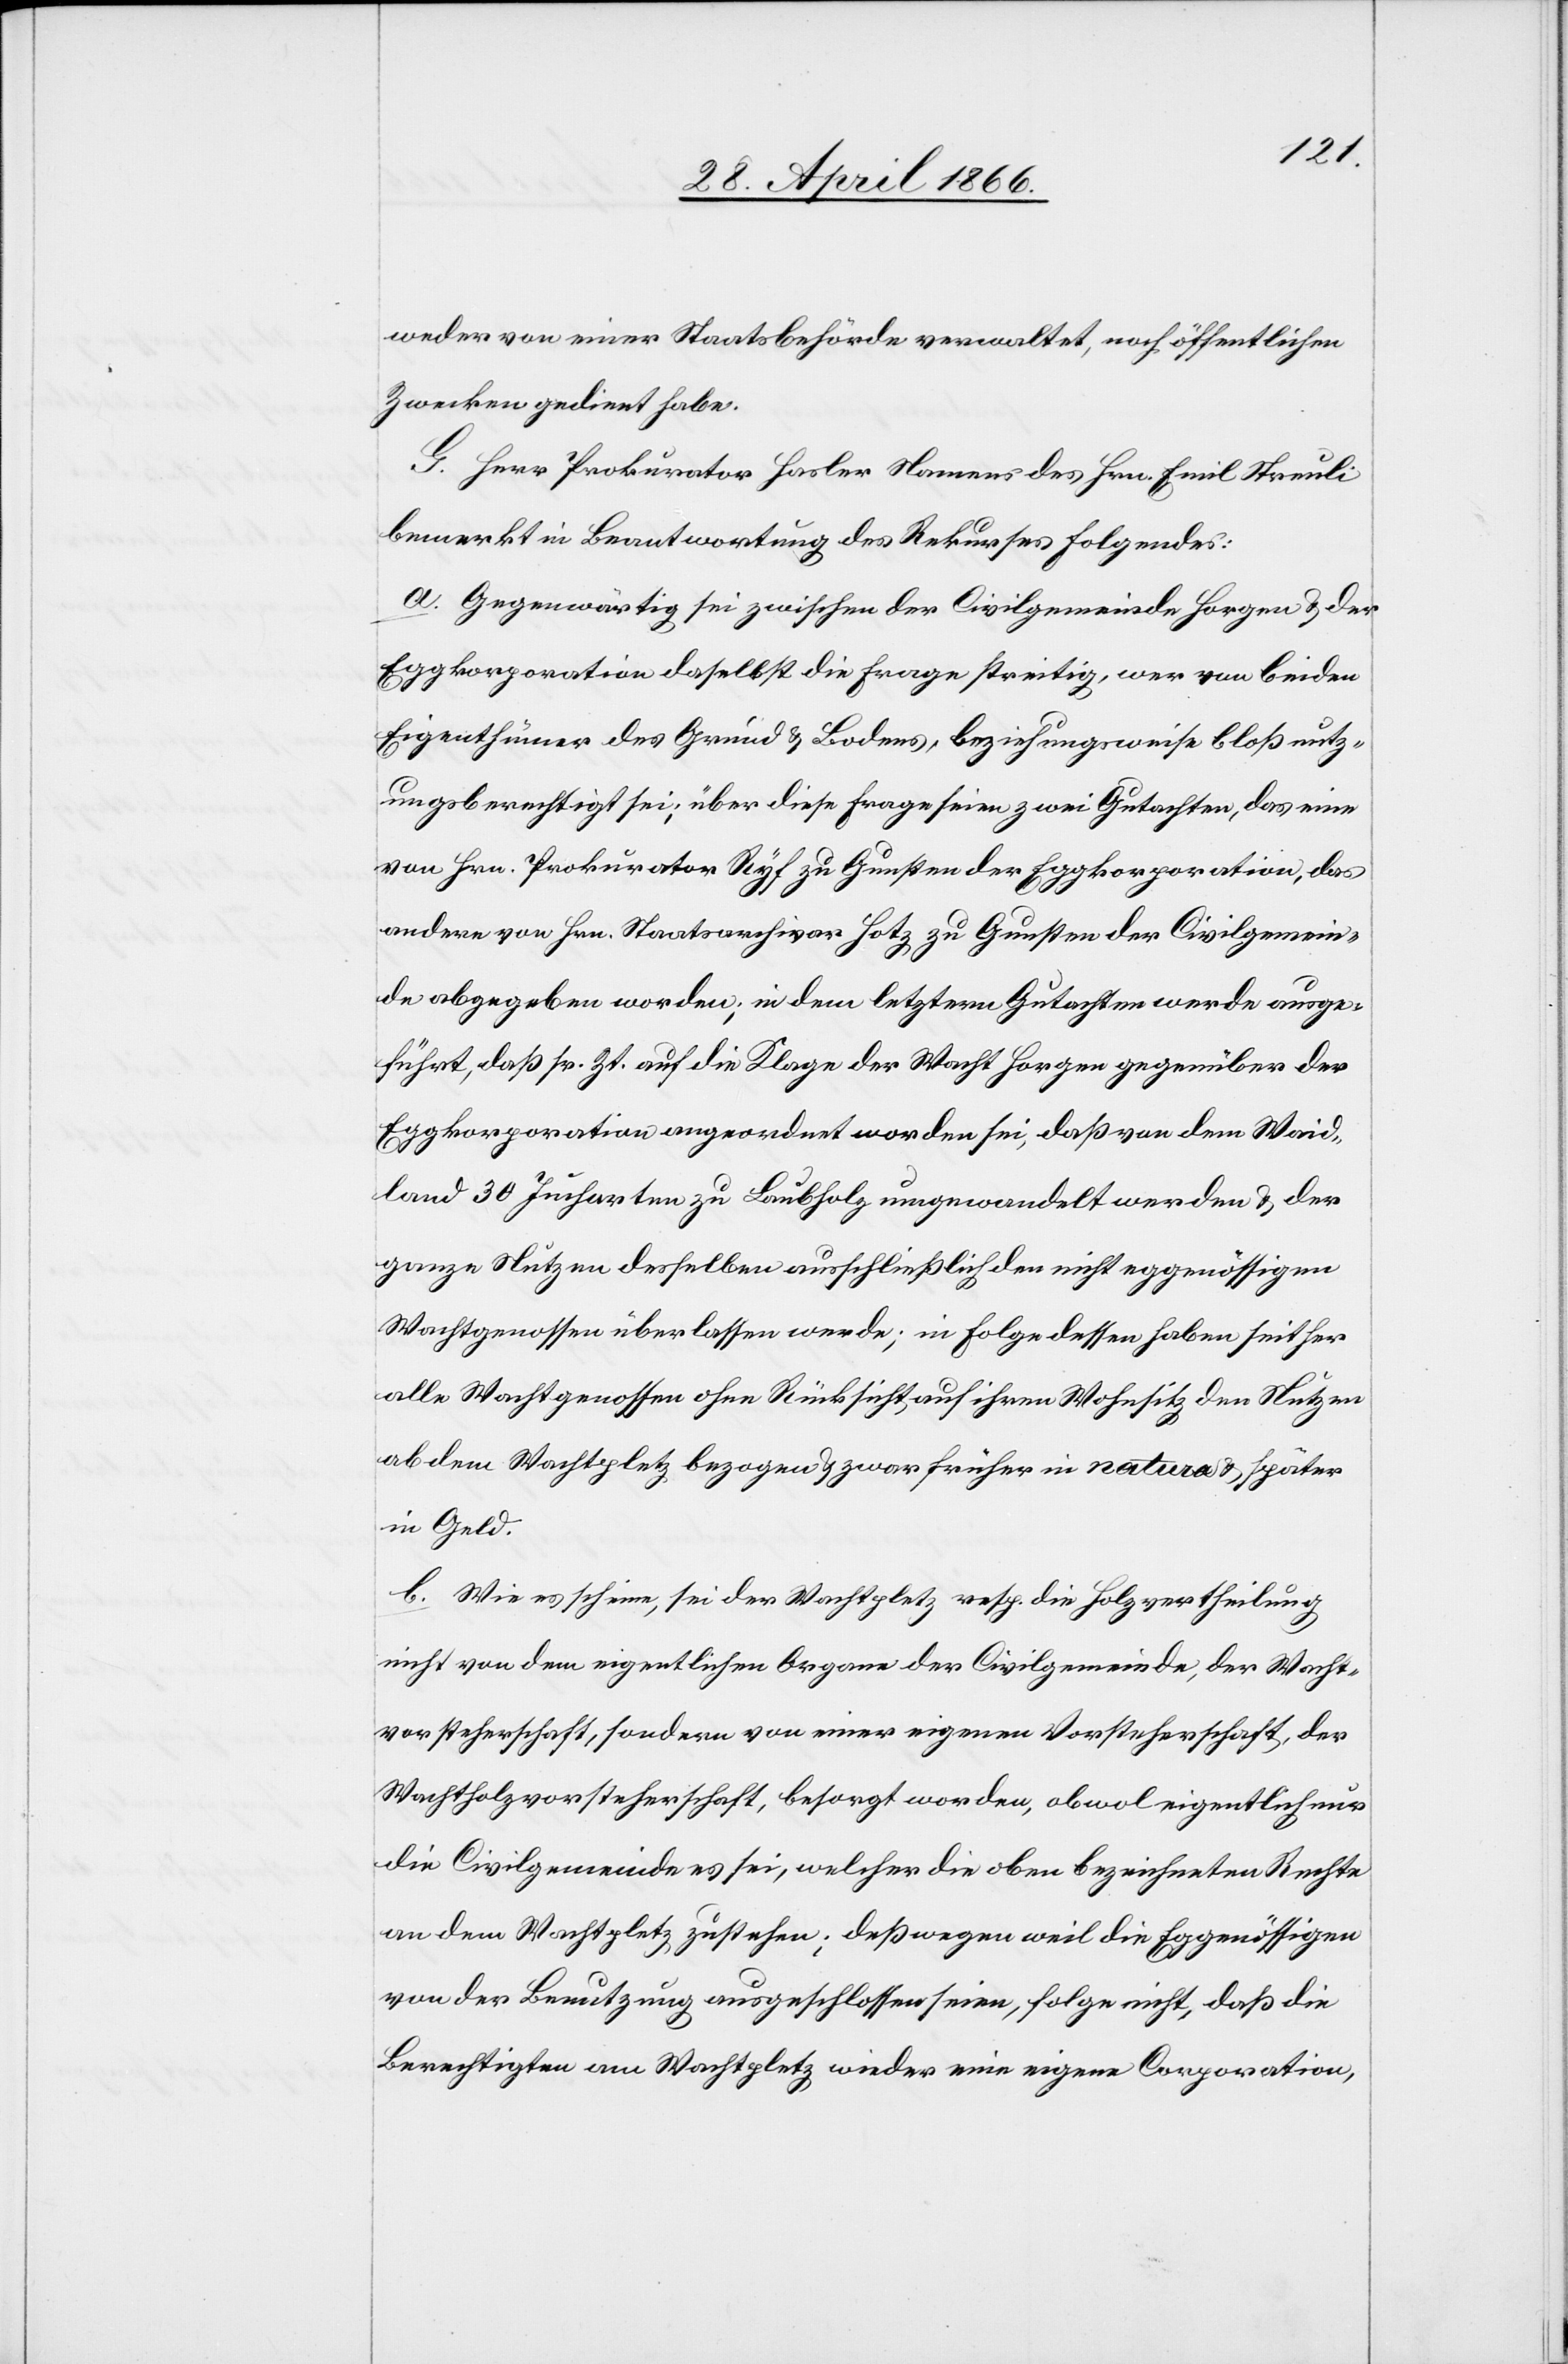
weder von einer Staatsbehörde verwaltet, noch öffentlichen
Zwecken gedient habe.
G. Herr Prokurator Hasler Namens des Hrn. Emil Streuli
bemerkt in Beantwortung des Rekurses folgendes:
a. Gegenwärtig sei zwischen der Civilgemeinde Horgen u. der
Eggkorporation daselbst die Frage streitig, wer von beiden
Eigenthümer des Grund u. Bodens, beziehungsweise bloß nutz¬
ungsberechtigt sei; über diese Frage seien zwei Gutachten, das eine
von Hrn. Prokurator Ryf zu Gunsten der Eggkorporation, das
andere von Hrn. Staatsarchivar Hotz zu Gunsten der Civilgemein¬
de abgegeben worden; in dem letztern Gutachten werde ausge¬
führt, daß sr. Zt. auf die Klage der Wacht Horgen gegenüber der
Eggkorporation angeordnet worden sei, daß von dem Waid¬
land 30 Jucharten zu Laubholz umgewandelt werden u. der
ganze Nutzen desselben ausschließlich den nicht eggenössigen
Wachtgenossen überlassen werde; in Folge dessen haben seither
alle Wachtgenossen ohne Rücksicht auf ihren Wohnsitz den Nutzen
ab dem Wachtpletz bezogen u. zwar früher in natura u. später
in Geld.
b. Wie es scheine, sei der Wachtpletz resp. die Holzvertheilung
nicht von dem eigentlichen Organ der Civilgemeinde, der Wacht¬
vorsteherschaft, sondern von einer eigenen Vorsteherschaft, der
Wachtholzvorsteherschaft, besorgt worden, obwol eigentlich nur
die Civilgemeinde es sei, welcher die oben bezeichneten Rechte
an dem Wachtpletz zustehen; deßwegen weil die Eggenössigen
von der Benutzung ausgeschlossen seien, folge nicht, daß die
Berechtigten am Wachtpletz wieder eine eigene Corporation,